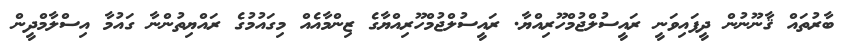
ބާރުތައް ޤާނޫނުން ދީފައިވަނީ ރައީސުލްޖުމްހޫރިއްޔާ. ރައީސުލްޖުމްހޫރިއްޔާގެ ޒިންމާއެއް މިގައުމުގެ ރައްޔިތުންނާ ގައުމާ އިސްލާމްދީން